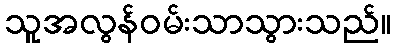
သူအလွန်ဝမ်းသာသွားသည်။